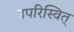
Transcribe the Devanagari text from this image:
उपरिस्वित्